system: You are a helpful assistant.
user:
Analyze the provided spectrum to determine if it is a **Carbon Star (C-type)**.

- **Key Visual Indicators of Carbon Star:**
    - **(Primary):** Strong molecular absorption from **C₂ (diatomic carbon) "Swan Bands."** This is the **defining feature** of a carbon star.
        - **(Key Bandheads):** Sharp absorption edges are visible at approximately $5635$ Å, $5165$ Å (the strongest band), and $4737$ Å.
        - **(Line Profile):** Creates a distinct **"saw-tooth"** pattern. The key morphology is a sharp, steep bandhead on the **red (long-wavelength) side**, which then gradually tapers off (i.e., flux recovers) towards the **blue (short-wavelength) side**. *(This is the direct opposite of the TiO bands seen in M-type stars)*.

    - **(Secondary):** Intense **CN (cyanogen)** molecular absorption bands.
        - **(Key Bandheads):** Located in the blue and violet regions of the spectrum (e.g., near $4215$ Å and $3883$ Å).
        - **(Morphology):** These bands are extremely broad and act as a "blanket," absorbing the vast majority of blue and violet light. This creates a characteristic **"cliff"** or **"steep drop-off"** in the spectrum's flux at short wavelengths.

    - **(Key Confirmation):** Strong **CH absorption band (G-band)**.
        - **(Key Bandhead):** Located around $4300$ Å. The contribution from CH molecules to this band is exceptionally strong.

    - **(Overall Spectrum):**
        - The continuum is severely "chopped up" by these deep molecular bands, especially C₂, rather than appearing as a smooth curve.
        - Due to the heavy CN and C₂ absorption in the blue-green, the vast majority of the star's flux is concentrated in the red part of the spectrum, giving the star its characteristic deep red color.

Think first, call **spectral_visualization_tool** if needed to examine features in detail, then provide your final answer. Your response must adhere to the following strict rules:
1.  **Overall Structure:** Your response must follow the format `<think>...</think> <tool_call>...</tool_call> (if a tool is used) <answer>...</answer>`.
2.  **Tool Usage Constraint:** You may only make **one** tool call per turn.
3.  **Final Answer Format:** In the `<answer>` tag, your conclusion must be inside a `\boxed{}` command (e.g., `\boxed{YES}`), followed by your justification.

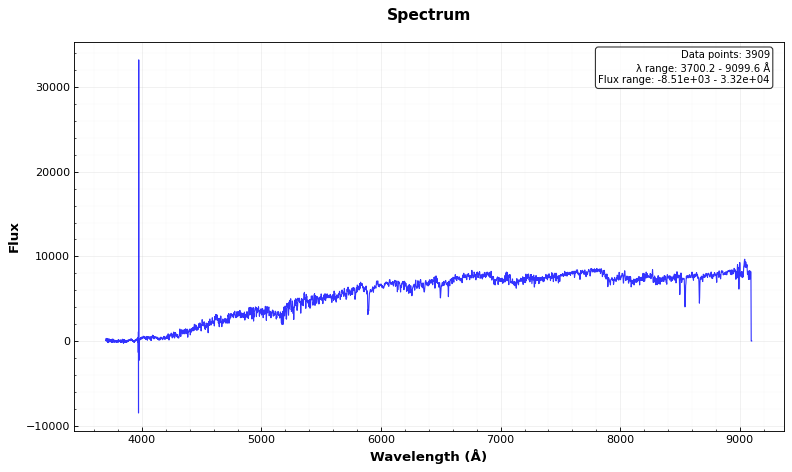
Answer: YES